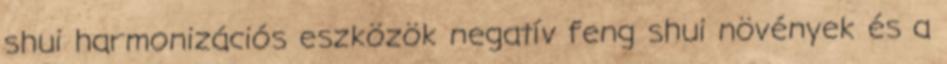
shui harmonizációs eszközök negatív feng shui növények és a